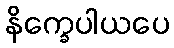
နိက္ခေပါယပေ